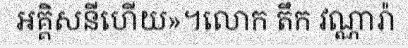
អគ្គិសនីហើយ»។លោក តឹក វណ្ណារ៉ា